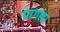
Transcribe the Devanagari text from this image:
प्रागला